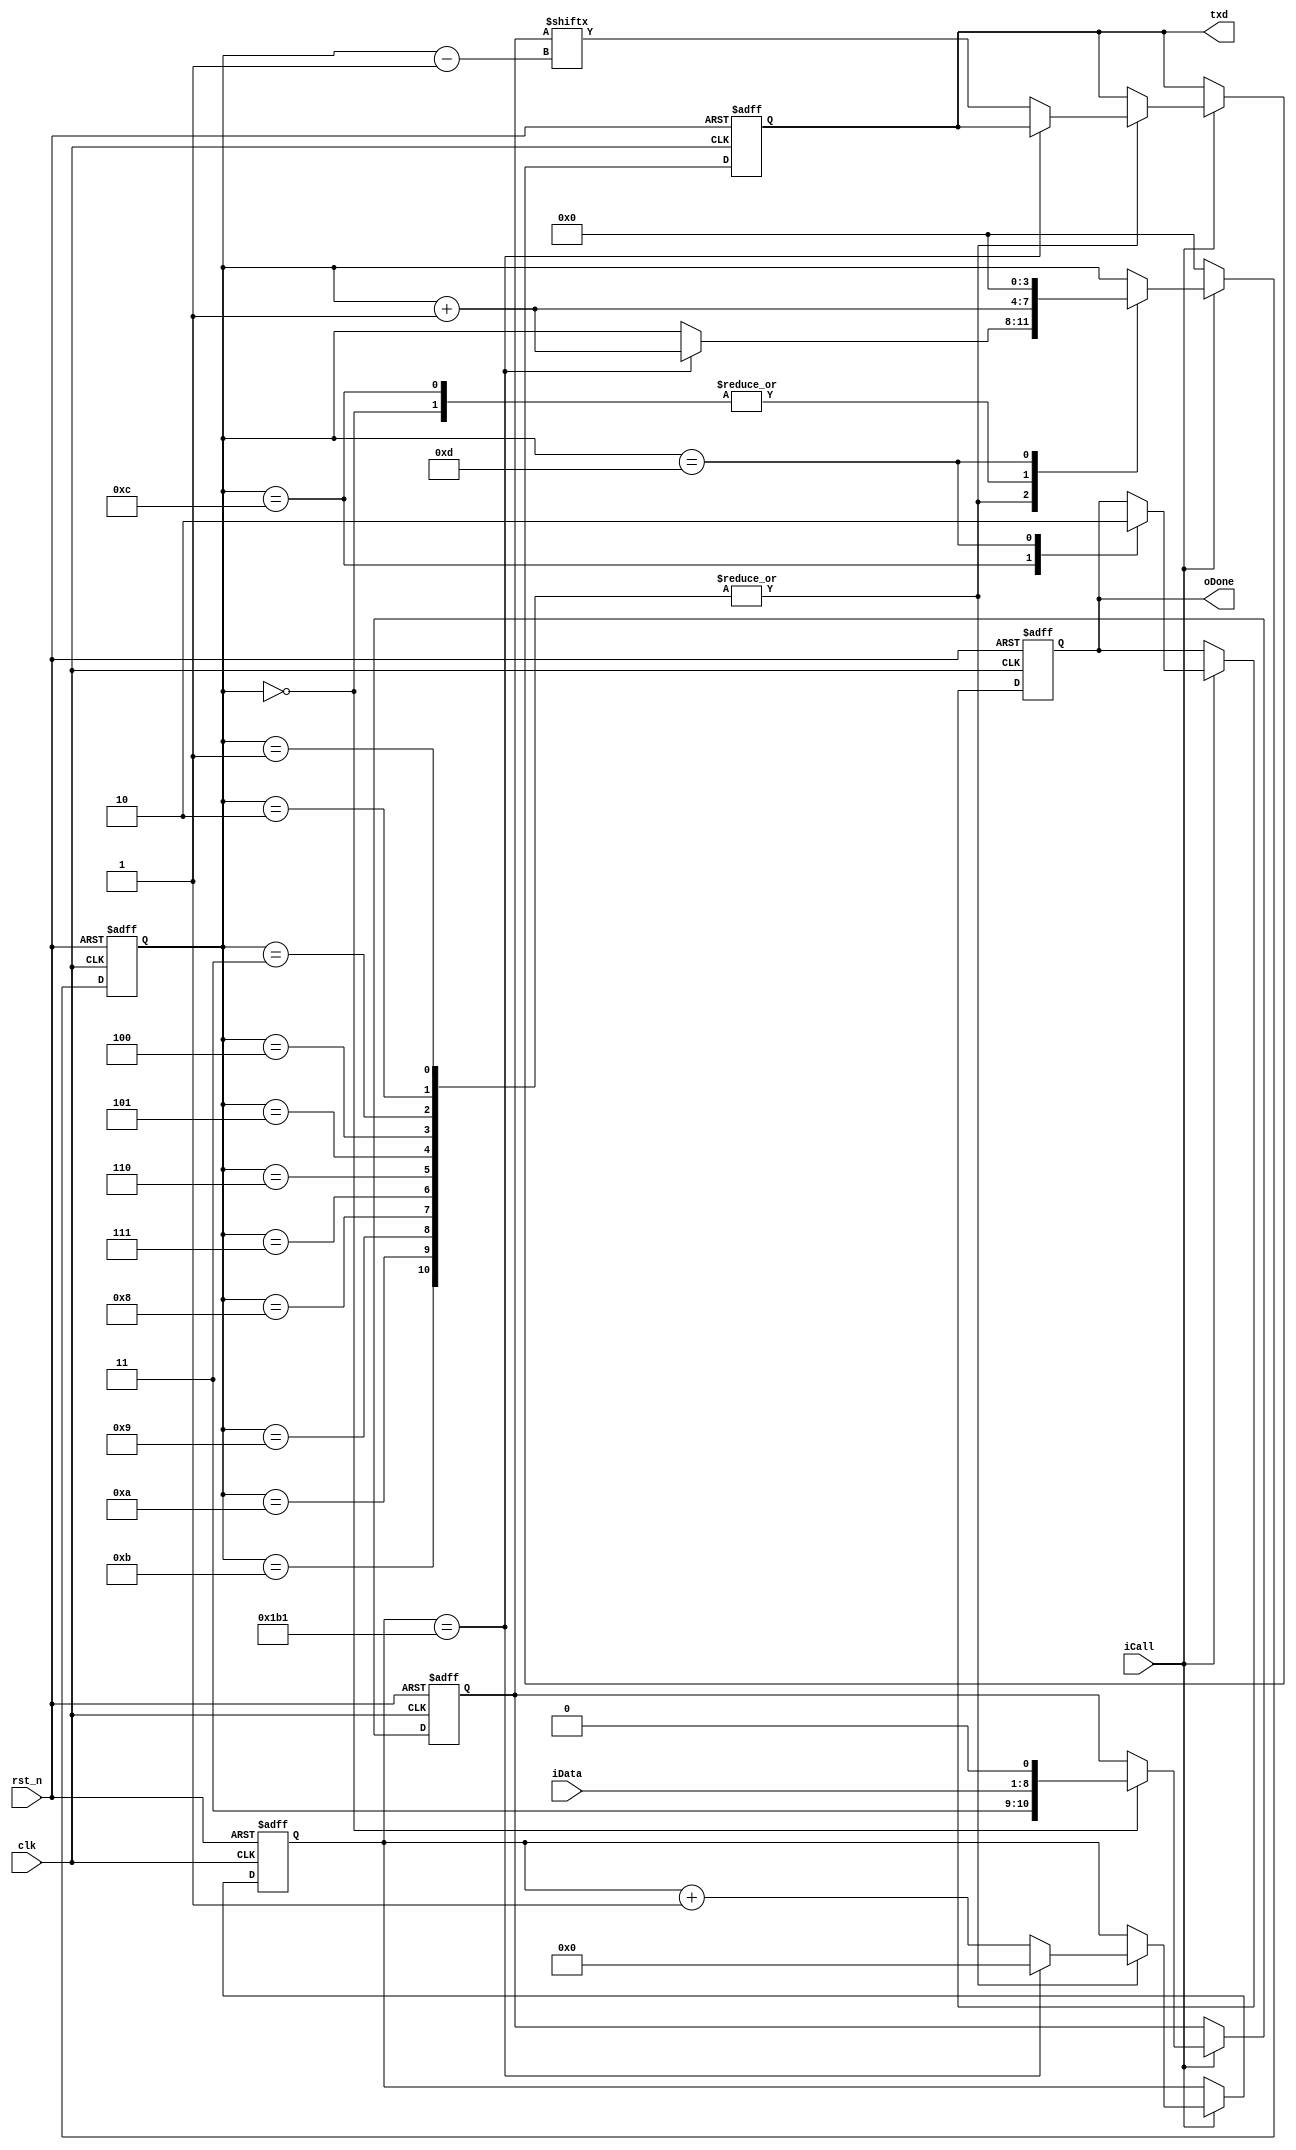
module tx_func_module(
   input clk,
   input rst_n,
   input iCall,
   input [7:0] iData,
   output oDone,
   output txd
);

parameter BPS115200 = 9'd434;

reg [3:0] i;
reg [10:0] D1; //
reg [8:0] C1; //
reg r_txd;
reg r_oDone;
always @(posedge clk or negedge rst_n) begin
   if(!rst_n)
		begin
			i <= 4'd0;
			r_txd <= 1'b0;
			C1 <= 9'd0;
			D1 <= 11'd0;
			r_oDone <= 1'b0;
		end
   else if(iCall)
		case(i)
			0:
				begin
					D1 <= {2'b11, iData, 1'b0};
					i <= i + 1'b1;
				end
			1, 2, 3, 4, 5, 6, 7, 8, 9, 10, 11:
				begin
					if(C1 == BPS115200 - 1)
						begin
							C1 <= 9'd0;
							i <= i + 1'b1;
							
						end
					else
						begin
							r_txd <= D1[i - 1];
							C1 <= C1 + 1'b1;
						end
				end
			12:
				begin
					r_oDone <= 1'b1;
					i <= i + 1'b1;
				end
			13:
				begin
					r_oDone <= 1'b0;
					i <= 4'b0;
				end				
		endcase
	else
		i <= 4'd0;
end

assign txd = r_txd;
assign oDone = r_oDone;

endmodule